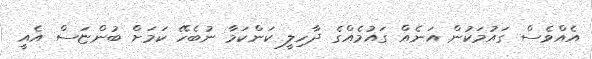
އެއްވެސް ގައުމަކުން އަނެއް ގައުމެއްގެ ދާހިލީ ކަންކަމާ ނުބެހޭ ކަމަށް ބުންޏަސް އެއީ